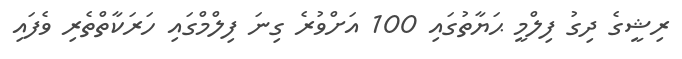
ރިޝީގެ ދިގު ފިލްމީ ޙަޔާތުގައި 100 އަށްވުރެ ގިނަ ފިލްމްގައި ހަރަކާތްތެރި ވެފައި